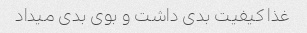
غذا کیفیت بدی داشت و بوی بدی میداد